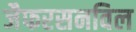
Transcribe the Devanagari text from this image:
जैफरसनविल